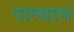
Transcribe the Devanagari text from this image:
पाल्यास